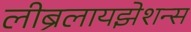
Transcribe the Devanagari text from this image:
लीब्रलायझेशन्स